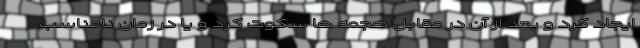
ایجاد کرد و بعد از آن در مقابل هجمه ها سکوت کرد و یا در زمان نامناسب